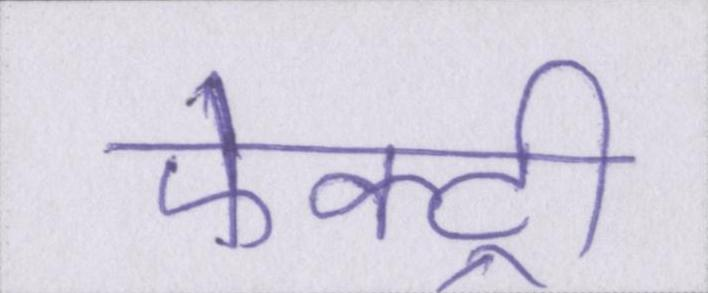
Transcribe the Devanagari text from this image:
फेक्ट्री